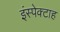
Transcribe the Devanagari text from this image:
इंस्पेक्टाह